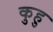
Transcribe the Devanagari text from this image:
कुहु